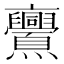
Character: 𠆠